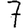
Digit: 7